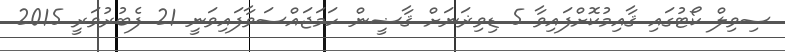
ސިވިލް ކޯޓުގައި ޤާއިމުކޮށްފައިވާ 5 ޑިވިޜަނަށް ޤާޟީން ހަމަޖައްސަވާފައިވަނީ 21 ފެބުރުވަރީ 2015